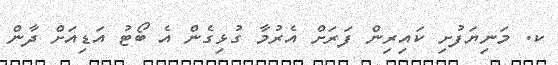
ކ. މަނިޔަފުށި ކައިރިން ފަރަށް އެރުމާ ގުޅިގެން އެ ބޯޓު އަޑިއަށް ދާން